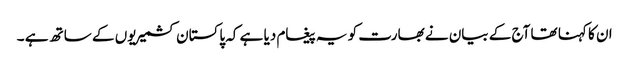
ان کا کہنا تھا آج کے بیان نے بھارت کو یہ پیغام دیا ہے کہ پاکستان کشمیریوں کے ساتھ ہے ۔